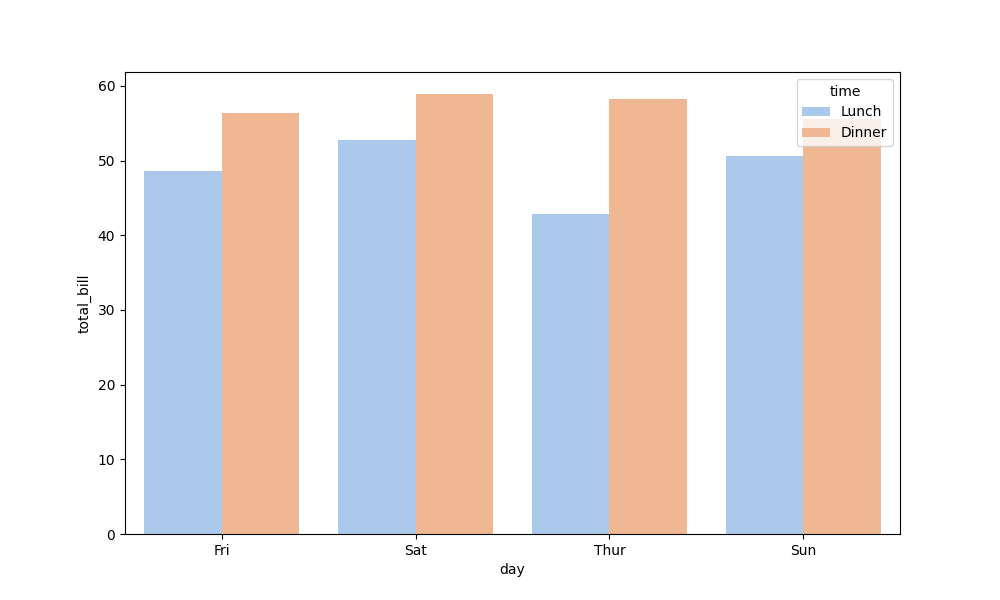
python, seaborn, barplot, hue='time', palette='pastel', ci=None, orient='v'